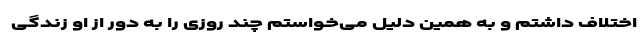
اختلاف داشتم و به همین دلیل می‌خواستم چند روزی را به دور از او زندگی